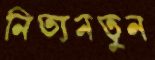
নিত্যনতুন